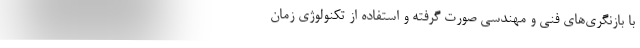
با بازنگری‌های فنی و مهندسی صورت گرفته و استفاده از تکنولوژی زمان